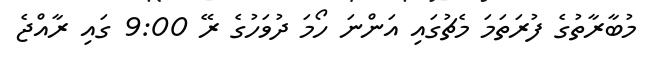
މުބާރާތުގެ ފުރަތަމަ މެޗުގައި އަންނަ ހޯމަ ދުވަހުގެ ރޭ 9:00 ގައި ރާއްޖެ